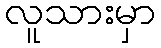
လူသားမှာ